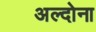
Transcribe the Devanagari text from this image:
अल्दोना